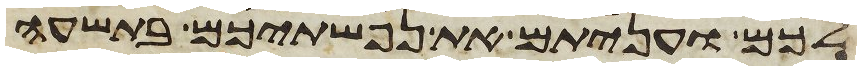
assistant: לכם ועניתם את נפשתיכם בתשעה